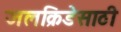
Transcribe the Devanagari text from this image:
जलक्रिडेसाठी